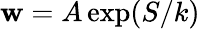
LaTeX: \mathbf{w}=A\exp(S/k)